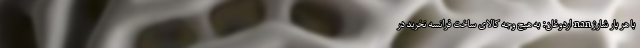
با هر بار شارژ nan اردوغان: به هیچ وجه کالای ساخت فرانسه نخرید در